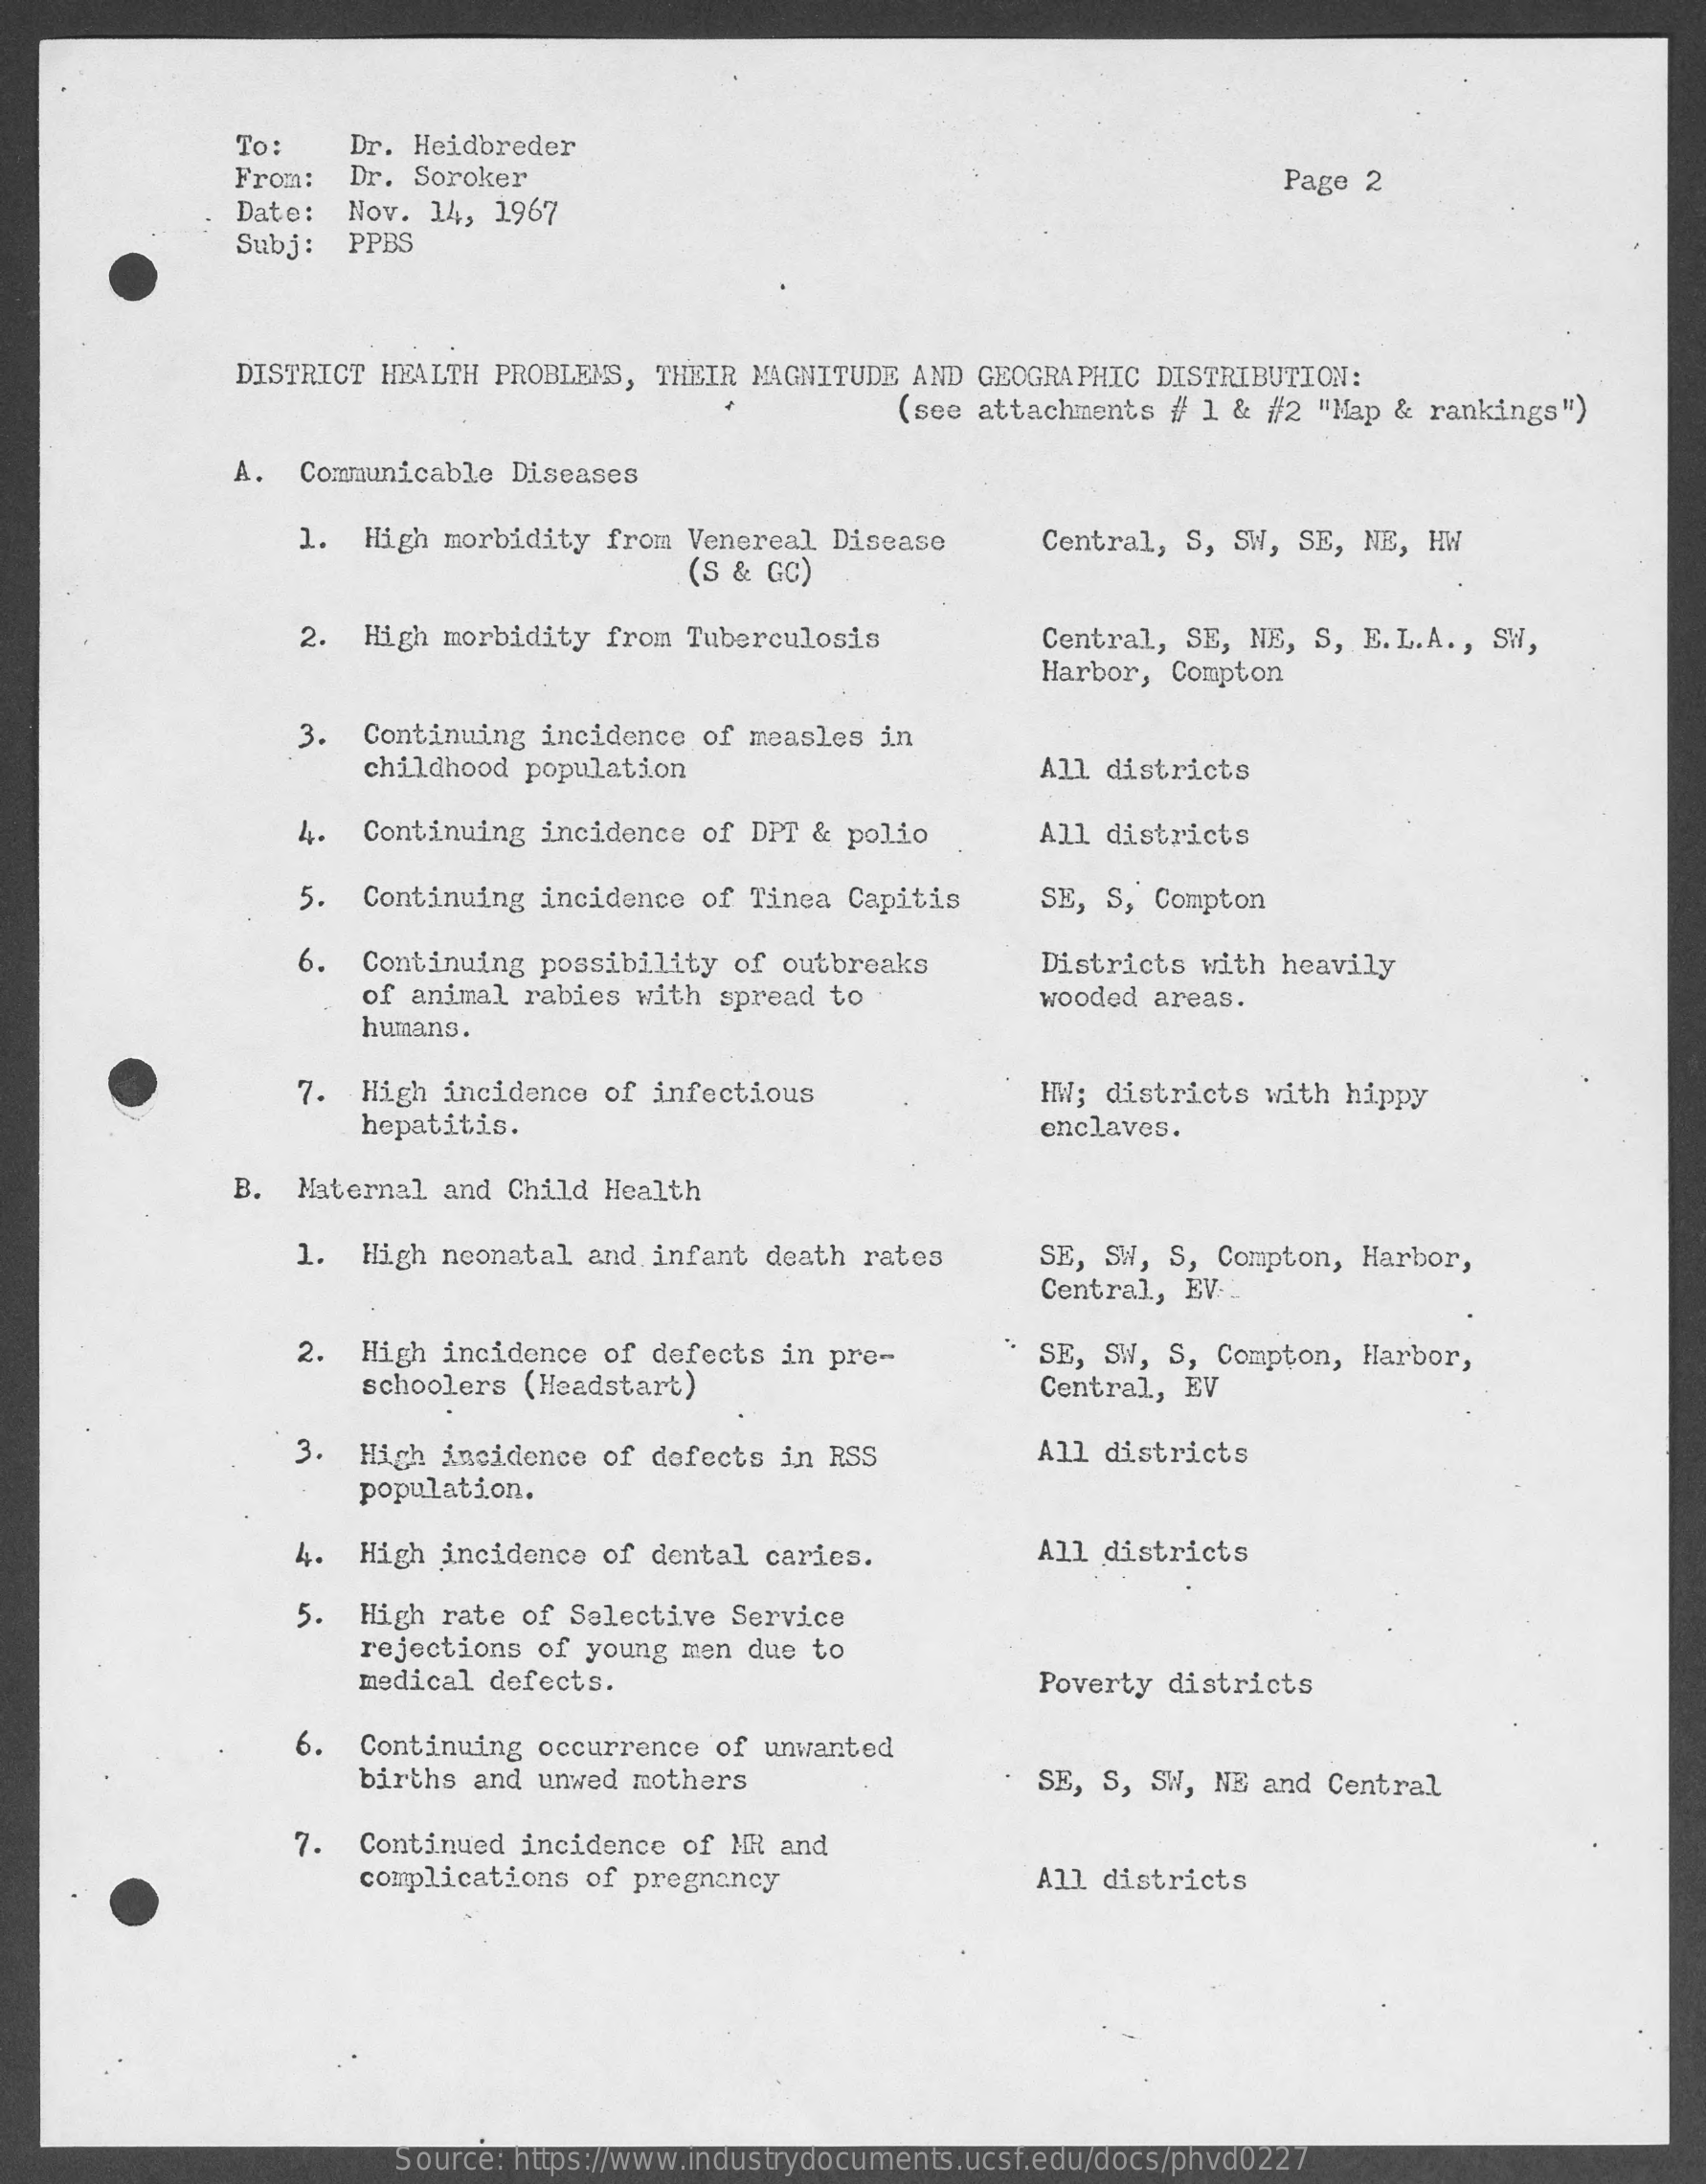
To:    Dr. Heidbreder
     From: Dr. Soroker
     Date:  Nov. 14, 1967
     Page 2
     Subj:  PPBS
     DISTRICT HEALTH PROBLEMS, THEIR MAGNITUDE AND GEOGRAPHIC DISTRIBUTION:
     (see attachments #/ 1 & #2 "Map & rankings")
     A.  Communicable Diseases
     1. High morbidity from Venereal Disease
     (S & GC)
     Central, S, SW, SE, NE, HW
     2. High morbidity from Tuberculosis    Central, SE, NE, S, E.L.A ., SW,
     Harbor, Compton
     3. Continuing incidence of measles in
     childhood population    All districts
     4. Continuing incidence of DPT & polio   All districts
     5. Continuing incidence of Tinea Capitis SE, S, Compton
     6. Continuing possibility of outbreaks   Districts with heavily
     of animal rabies with spread to    wooded areas.
     humans.
     7. High incidence of infectious
     hepatitis.
     HW; districts with hippy
     enclaves.
     B.  Maternal and Child Health
     1. High neonatal and infant death rates  SE, SW, S, Compton, Harbor,
     Central, EV ..
     2. High incidence of defects in pre-   " SE, SW, S, Compton, Harbor,
     schoolers (Headstart)    Central, EV
     3. High incidence of defects in RSS    All districts
     population.
     4. High incidence of dental caries.    All districts
     5. High rate of Selective Service
     rejections of young men due to
     medical defects.    Poverty districts
     6. Continuing occurrence of unwanted
     births and unwed mothers    · SE, S, SW, NE and Central
     7. Continued incidence of MR and
     complications of pregnancy    All districts
     Source: https://www.industrydocuments.ucsf.edu/docs/phvd0227